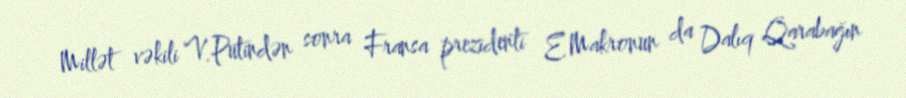
Millət vəkili V.Putindən sonra Fransa prezidenti E.Makronun da Dalıq Qarabağın